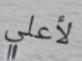
لأعلي